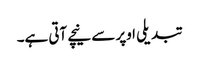
تبدیلی اوپر سے نیچے آتی ہے۔